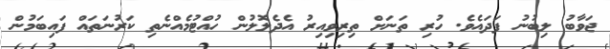
ޖަވާބު ލިބުނު ފަދައެވެ. ހުރި ތަނަށް ތިރިވިއިރު އެދެލޮލުން ހުއްޓުމެއްނެތި ކަރުނަތައް ފައިބަމުން